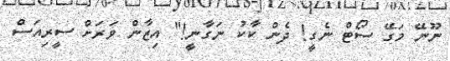
ނޫނޭ މަގޭ ސޯޓް ނެގީ! ދެން ކާކު ނަގާނީ!" އިޒާން ވަރަށް ސީރިއަސް